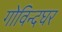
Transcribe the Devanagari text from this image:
गोविन्दघर